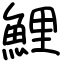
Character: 鯉